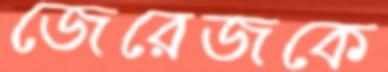
জেরেজকে